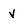
Character: v